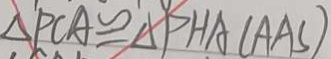
\Delta P C A \cong \Delta P H A ( A A S )